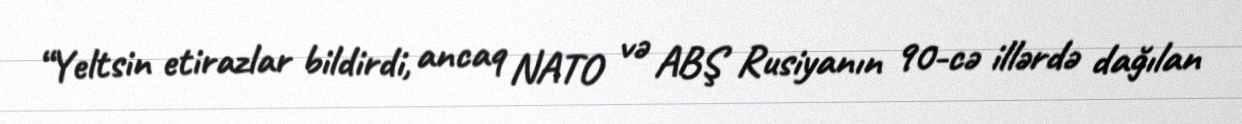
“Yeltsin etirazlar bildirdi, ancaq NATO və ABŞ Rusiyanın 90-cə illərdə dağılan